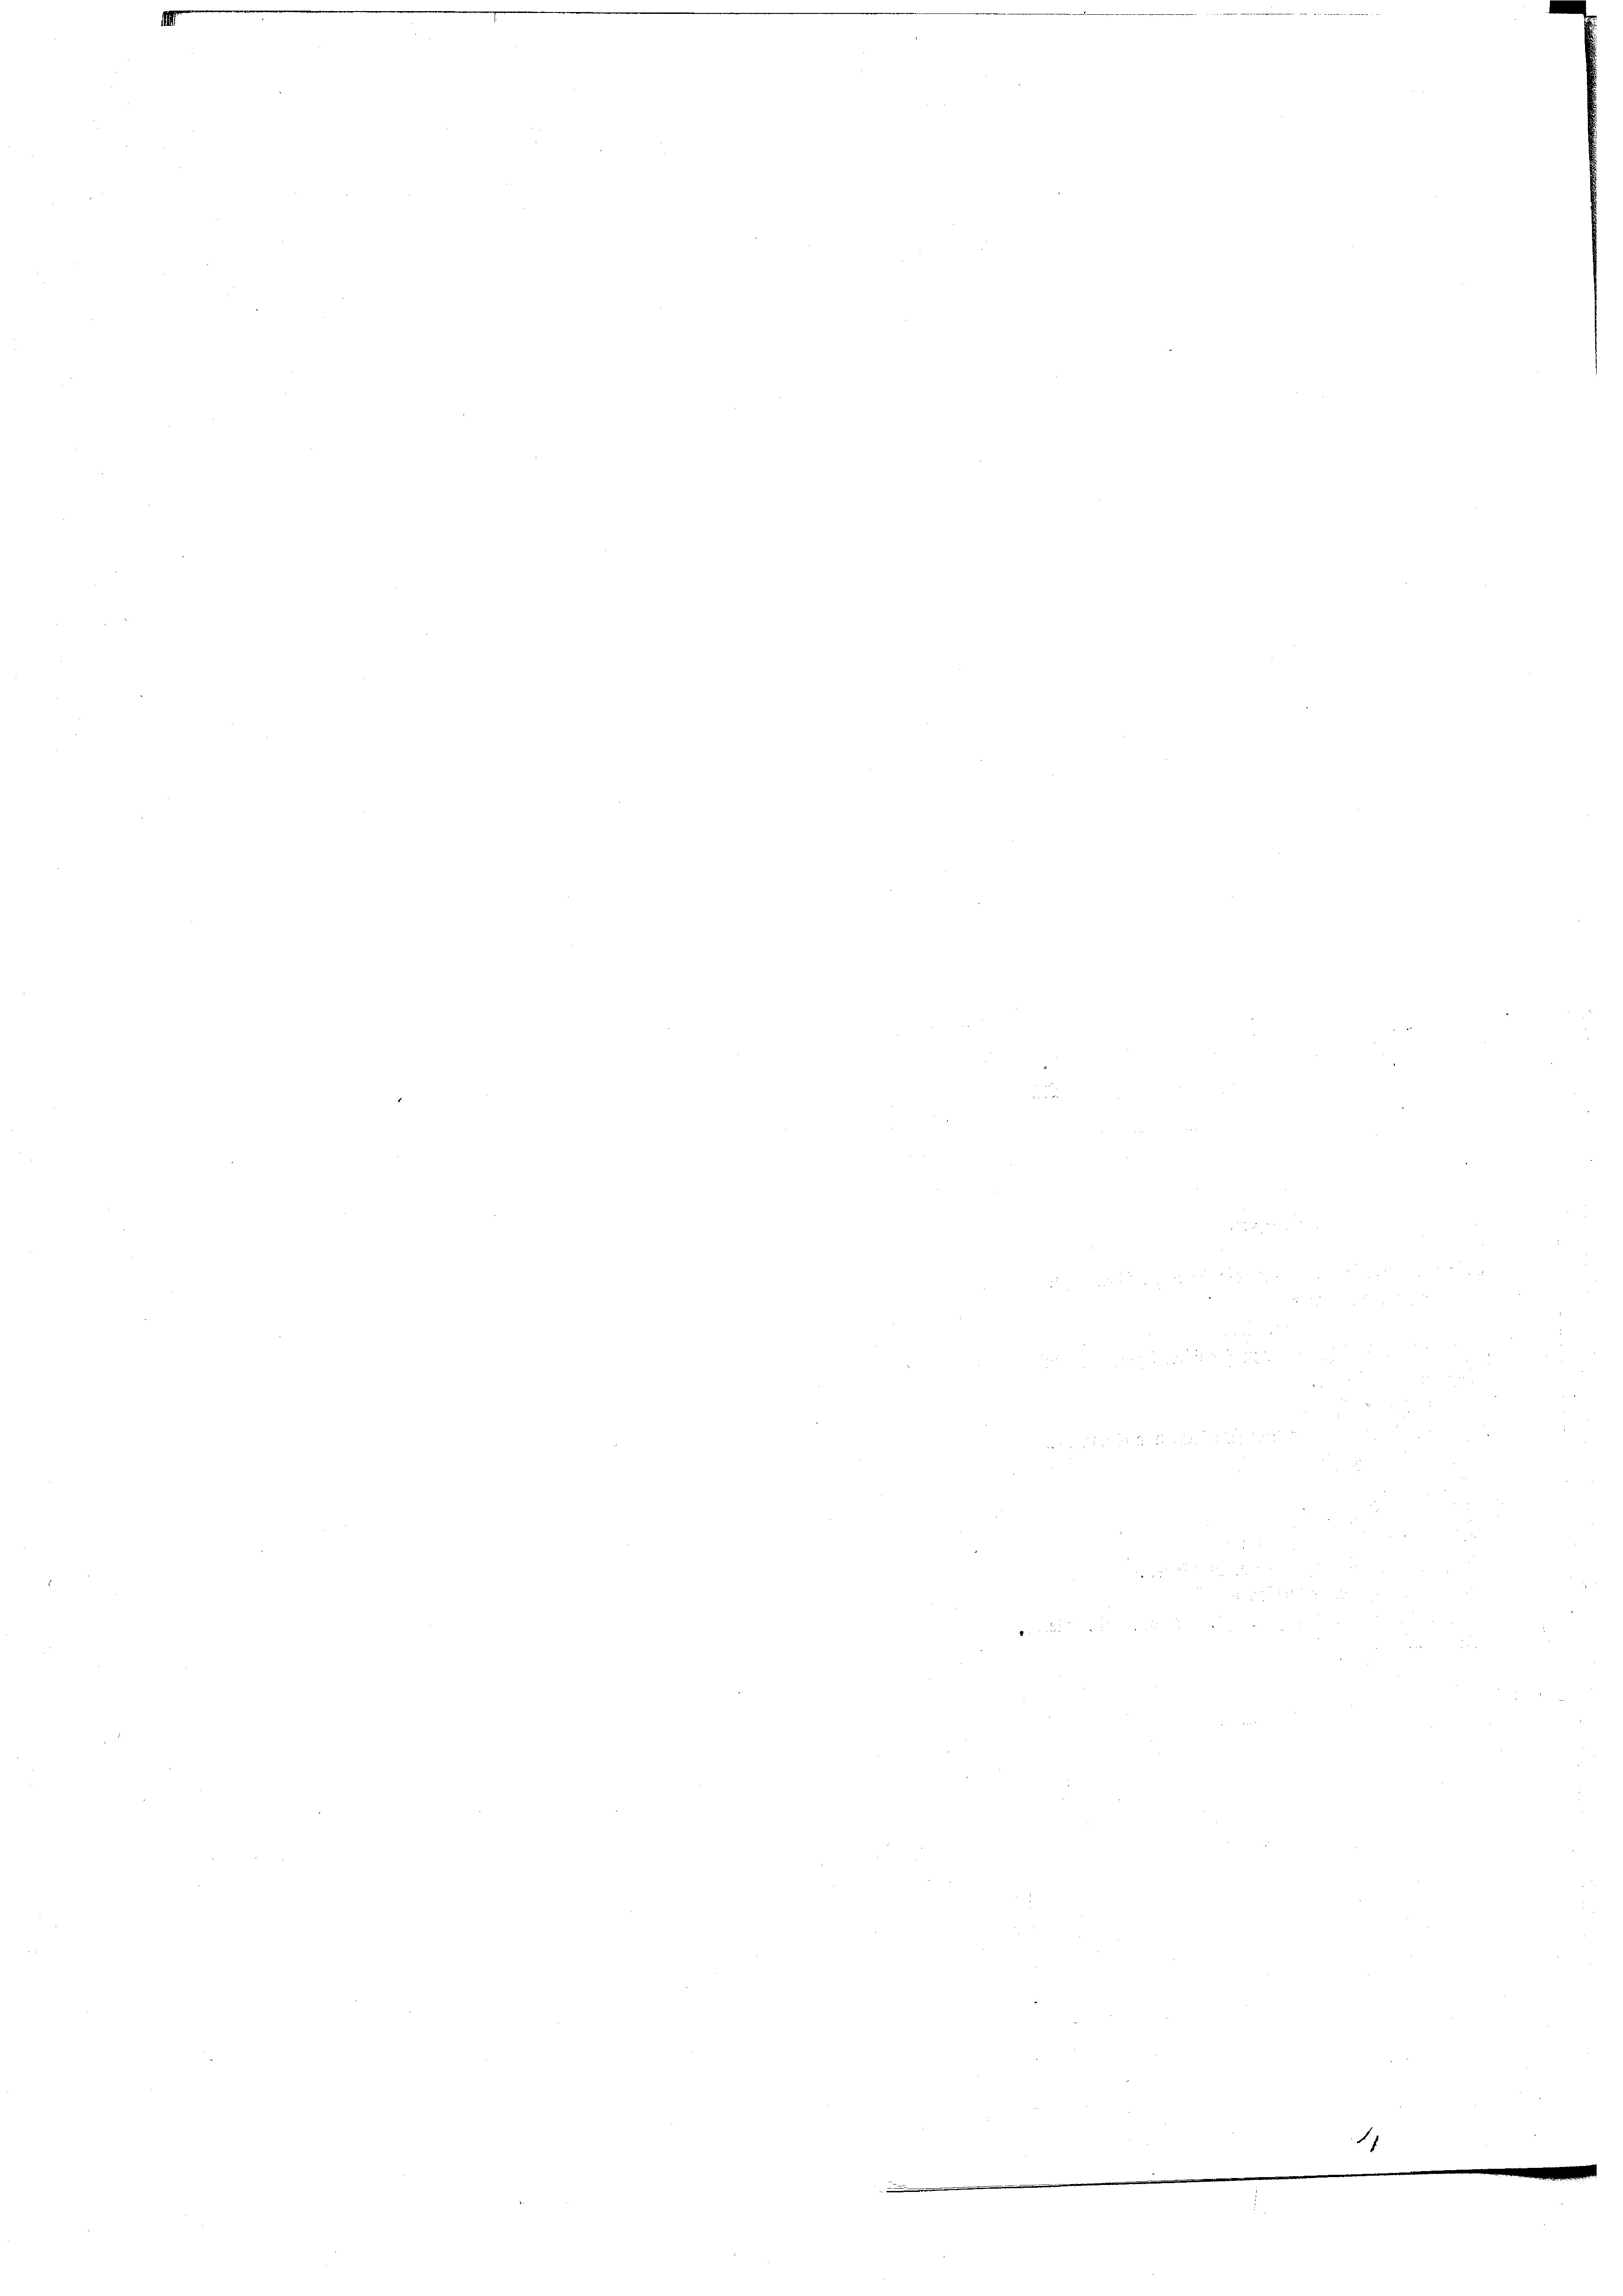
4